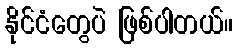
နိုင်ငံတွေပဲ ဖြစ်ပါတယ်။